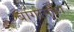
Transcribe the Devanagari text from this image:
बोंगोसका